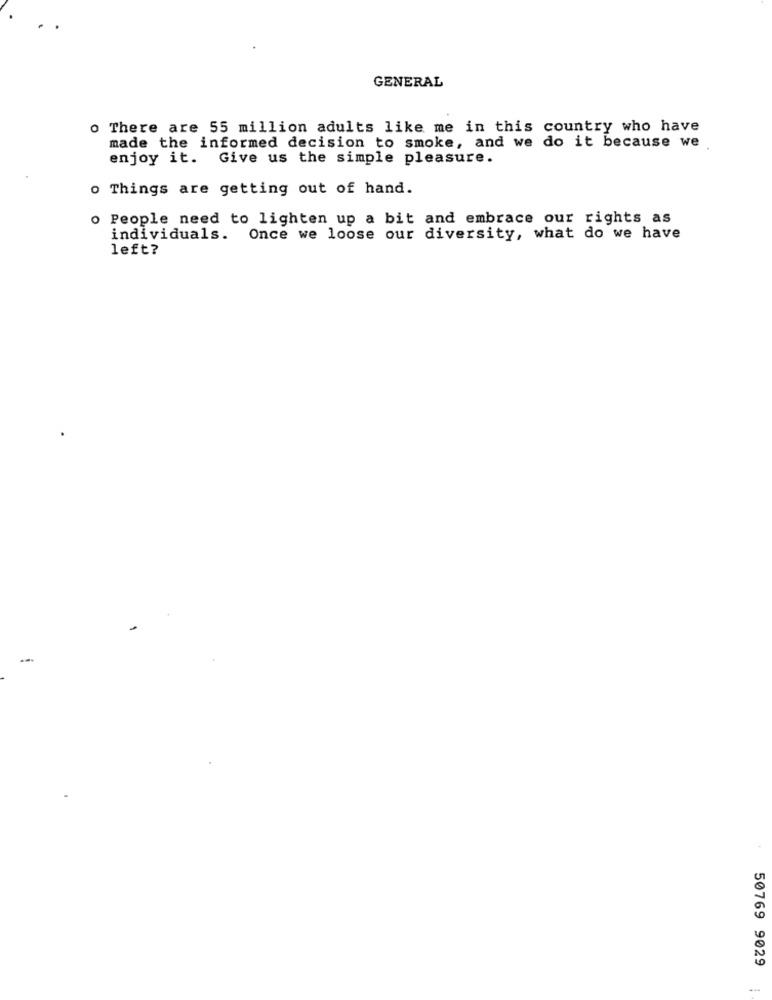
GENERAL
o There are 55 million adults like me in this country who have
made the informed decision to smoke, and we do it because we
enjoy it. Give us the simple pleasure.
o Things are getting out of hand.
o People need to lighten up a bit and embrace our rights as
individuals. Once we loose our diversity, what do we have
left?
50769 9029